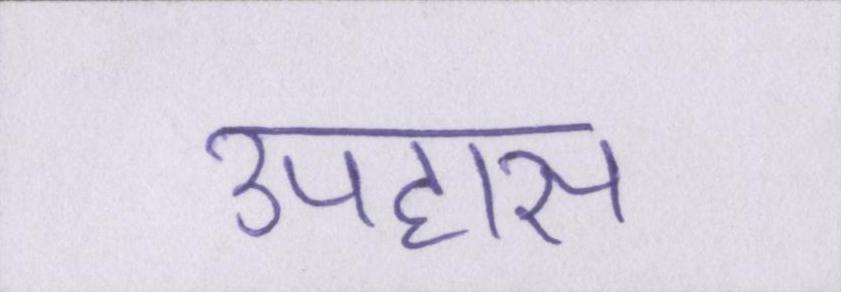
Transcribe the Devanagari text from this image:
उपहास